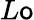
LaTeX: L\mathsf{o}